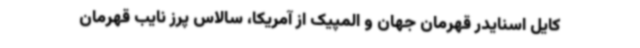
کایل اسنایدر قهرمان جهان و المپیک از آمریکا، سالاس پرز نایب قهرمان